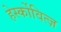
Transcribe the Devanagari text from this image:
हेर्स्कोवित्ज़